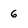
Character: 6